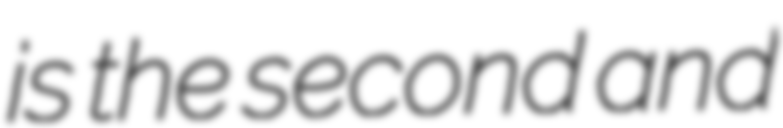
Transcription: is the second and